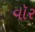
વૉર